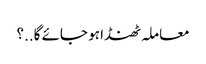
معاملہ ٹھنڈا ہو جائے گا..؟